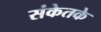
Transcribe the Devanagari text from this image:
संकेतके